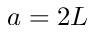
a = 2 L